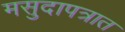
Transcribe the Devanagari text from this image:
मसुदापत्रात